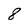
Character: 8